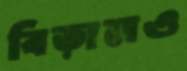
বিড়ালও